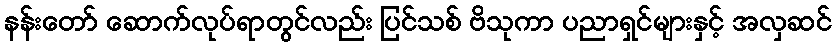
နန်းတော် ဆောက်လုပ်ရာတွင်လည်း ပြင်သစ် ဗိသုကာ ပညာရှင်များနှင့် အလှဆင်